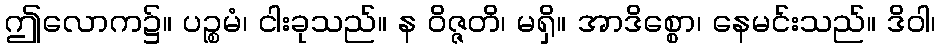
ဤလောက၌။ ပဉ္စမံ၊ ငါးခုသည်။ န ဝိဇ္ဇတိ၊ မရှိ။ အာဒိစ္စော၊ နေမင်းသည်။ ဒိဝါ၊